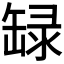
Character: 𬙐